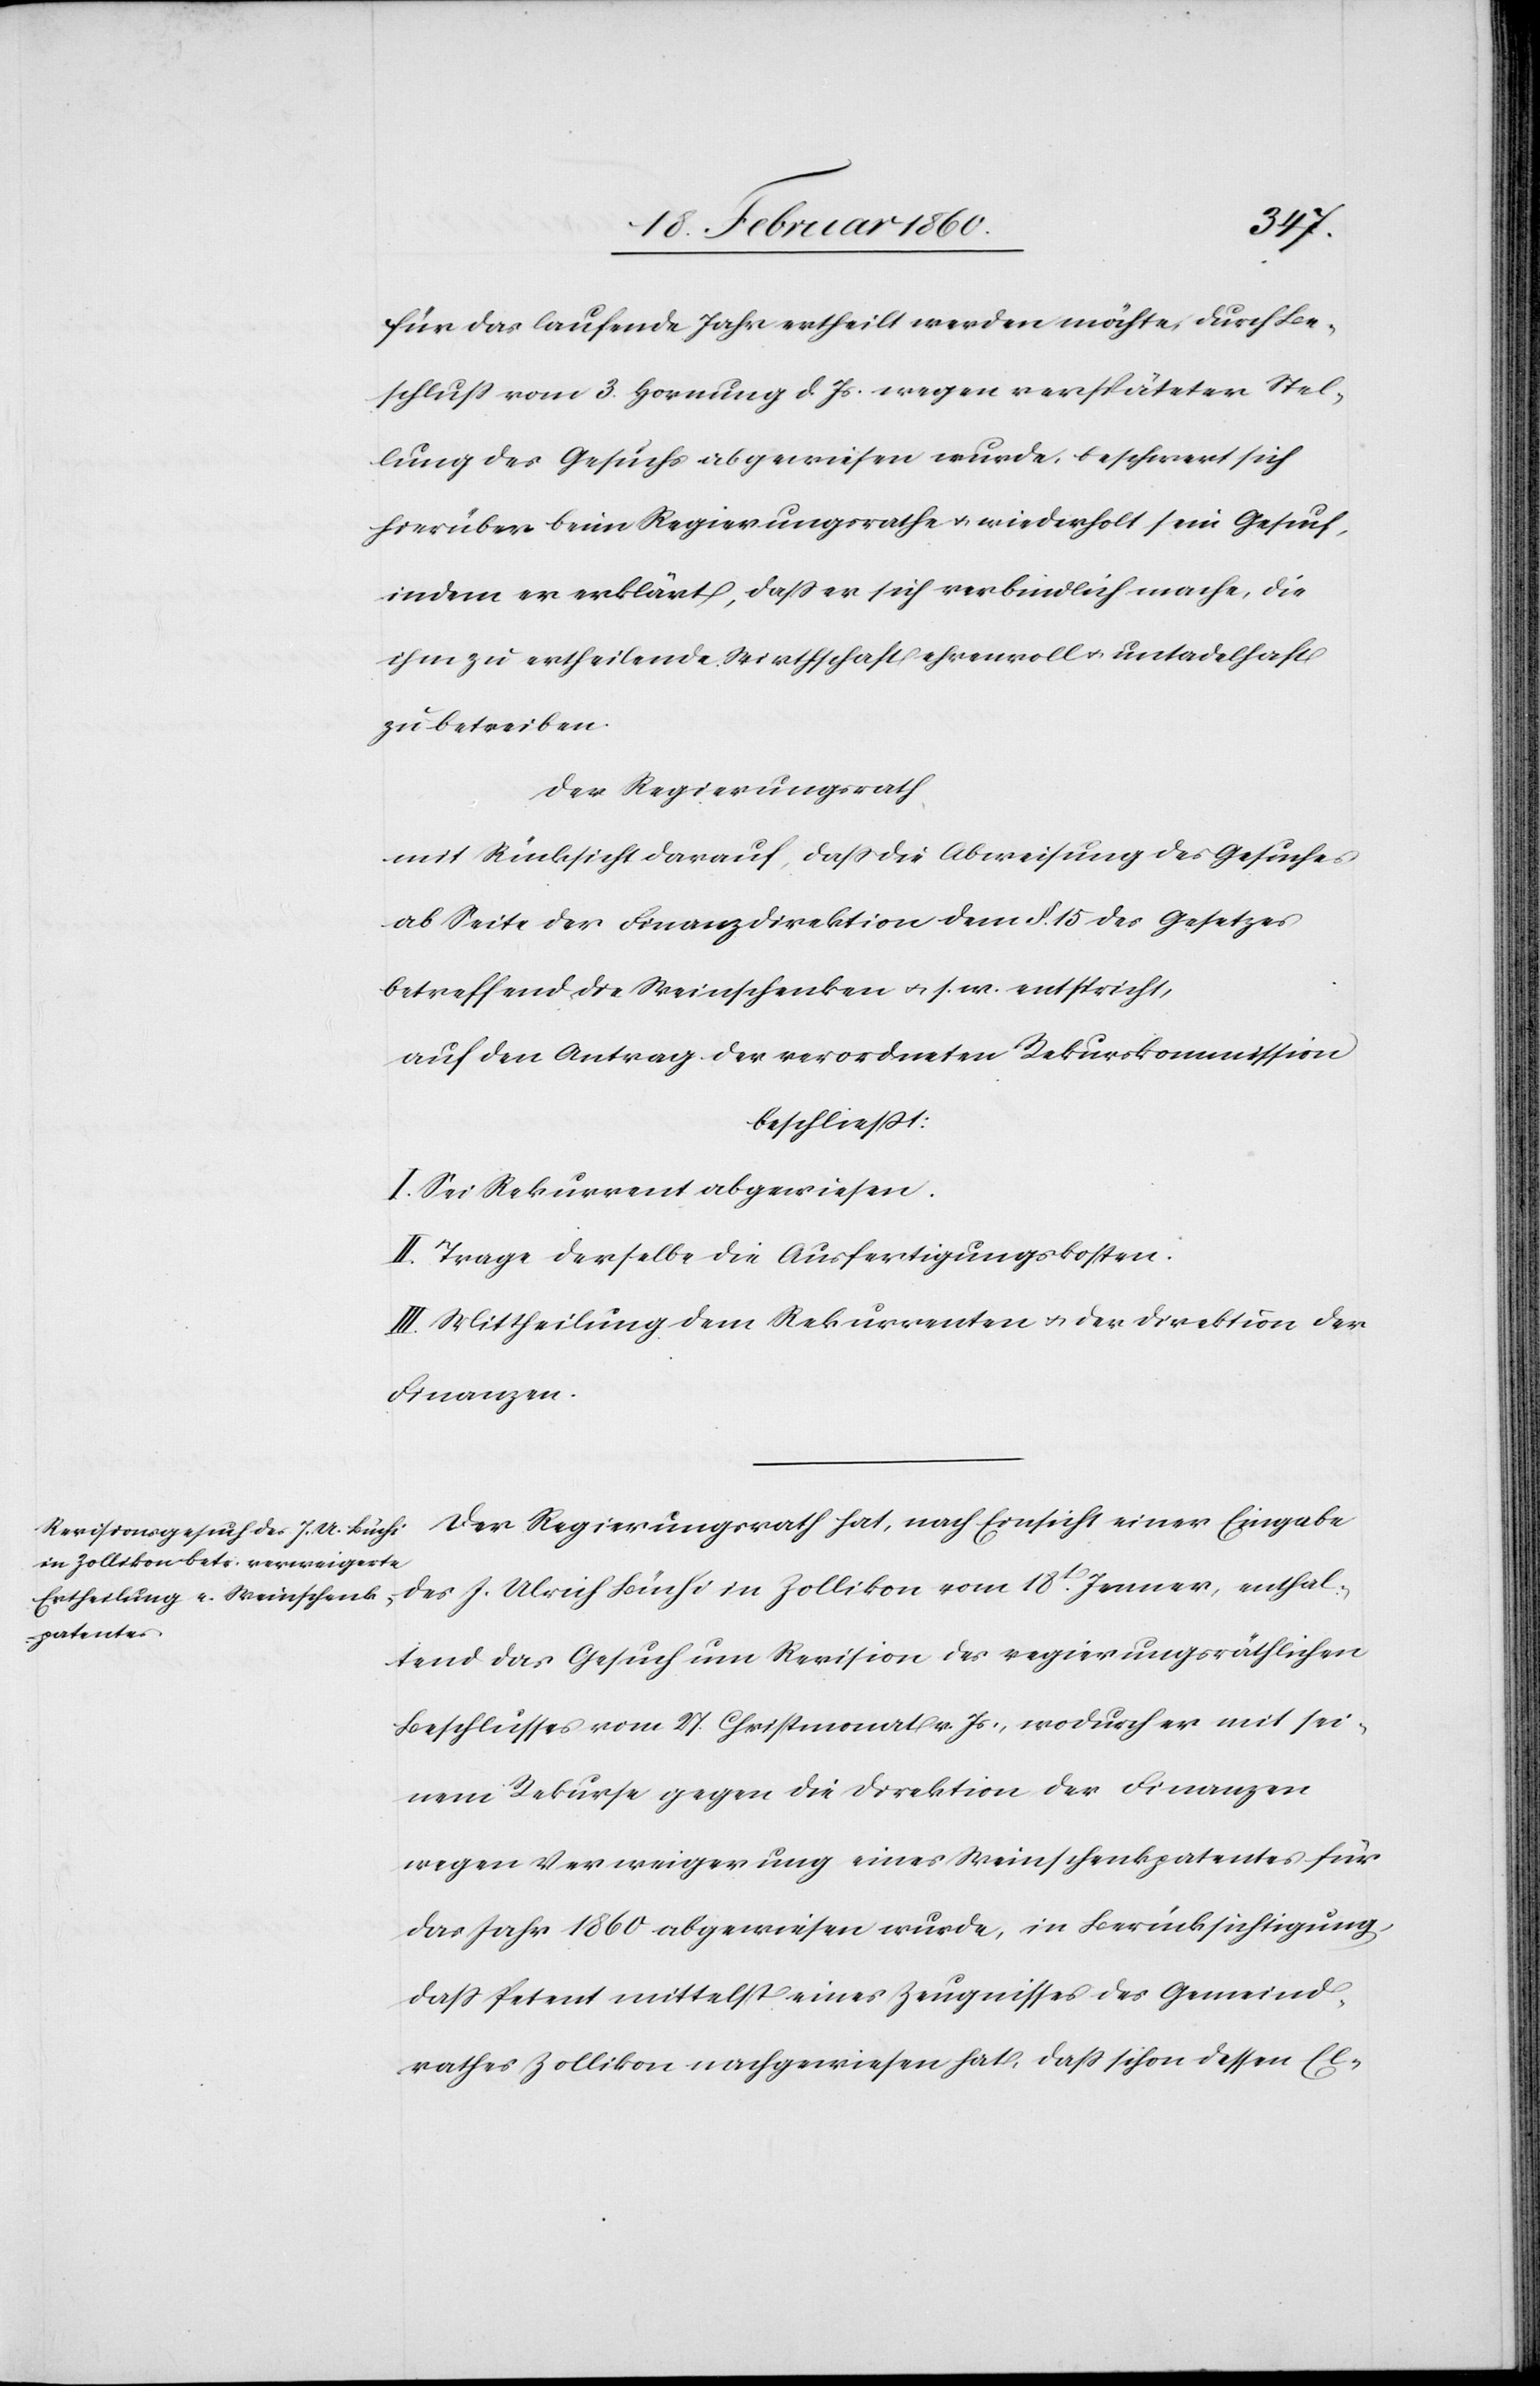
enthal¬
für das laufende Jahr ertheilt werden möchte, durch Be¬
schluß vom 3. Hornung d. Js. wegen verspäteter Stel¬
lung des Gesuchs abgewiesen wurde, beschwert sich
hierüber beim Regierungsrathe u. wiederholt sein Gesuch
indem er erklärt, dass er sich verbindlich mache, die
ihm zu ertheilende Wirthschaft ehrenvoll u. untadelhaft
zu betreiben.
Der Regierungsrath,
mit Rücksicht darauf, dass die Abweisung des Gesuches
ab Seite der Finanzdirektion dem §. 15. des Gesetzes
betreffend die Weinschenken u. s. w. entspricht,
auf den Antrag der verordneten Rekurskommission
beschliesst:
I. Sei Rekurrent abgewiesen.
II. Trage derselbe die Ausfertigungskosten.
III. Mittheilung dem Rekurrenten u. der Direktion der
Finanzen.
Der Regierungsrath hat, nach Einsicht einer Eingabe
tend das Gesuch um Revision des regierungsräthlichen
Beschlusses vom 27. Christmonat v. Js., wodurch er mit sei¬
nem Rekurse gegen die Direktion der Finanzen
wegen Verweigerung eines Weinschenkpatentes für
das Jahr 1860 abgewiesen wurde, in Berücksichtigung,
dass Petent mittelst eines Zeugnisses des Gemeind¬
rathes Zollikon nachgewiesen hat, dass schon dessen El-